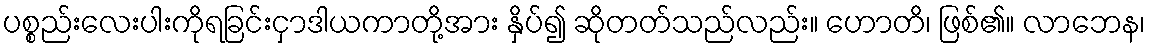
ပစ္စည်းလေးပါးကိုရခြင်းငှာဒါယကာတို့အား နှိပ်၍ ဆိုတတ်သည်လည်း။ ဟောတိ၊ ဖြစ်၏။ လာဘေန၊